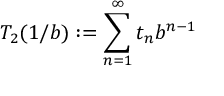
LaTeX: T _ { 2 } ( 1 / b ) : = \sum _ { n = 1 } ^ { \infty } t _ { n } b ^ { n - 1 }